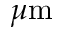
\mu \mathrm { m }